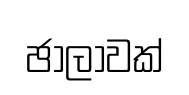
ඡාලාවක්